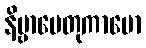
နိဗ္ဗာပေတုကာမော